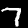
Label: 7